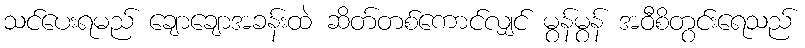
သင်ပေးရမည် ချောချောအခန်းထဲ ဆိတ်တစ်ကောင်လျှင် မွန်မွန် အဝီစိတွင်းရေသည်